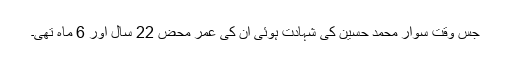
جس وقت سوار محمد حسین کی شہادت ہوئی ان کی عمر محض 22 سال اور 6 ماہ تھی۔